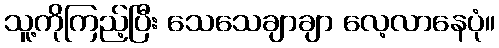
သူ့ကိုကြည့်ပြီး သေသေချာချာ လေ့လာနေပုံ။